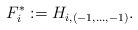
LaTeX: \begin{align*}F^*_i:=H_{i,(-1,\ldots,-1)}.\end{align*}